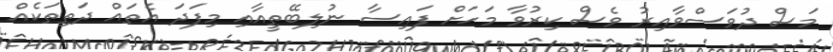
މަސް ދުވަސްވާއިރު ވެސް ކިރުވާ މަހަށް ފައިސާ ނުލިބޭތީއާއި މިފަދަ އެތައް ދަތިތަކެއް